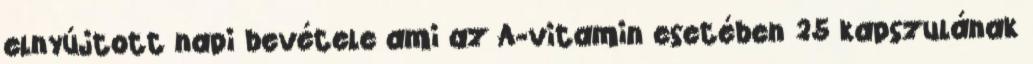
elnyújtott napi bevétele ami az A-vitamin esetében 25 kapszulának